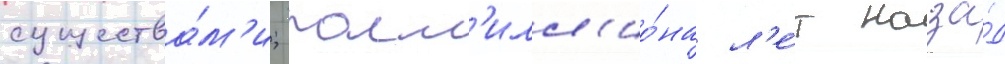
существа́м'и; полм'илл'ио́на л'е́т наза́д